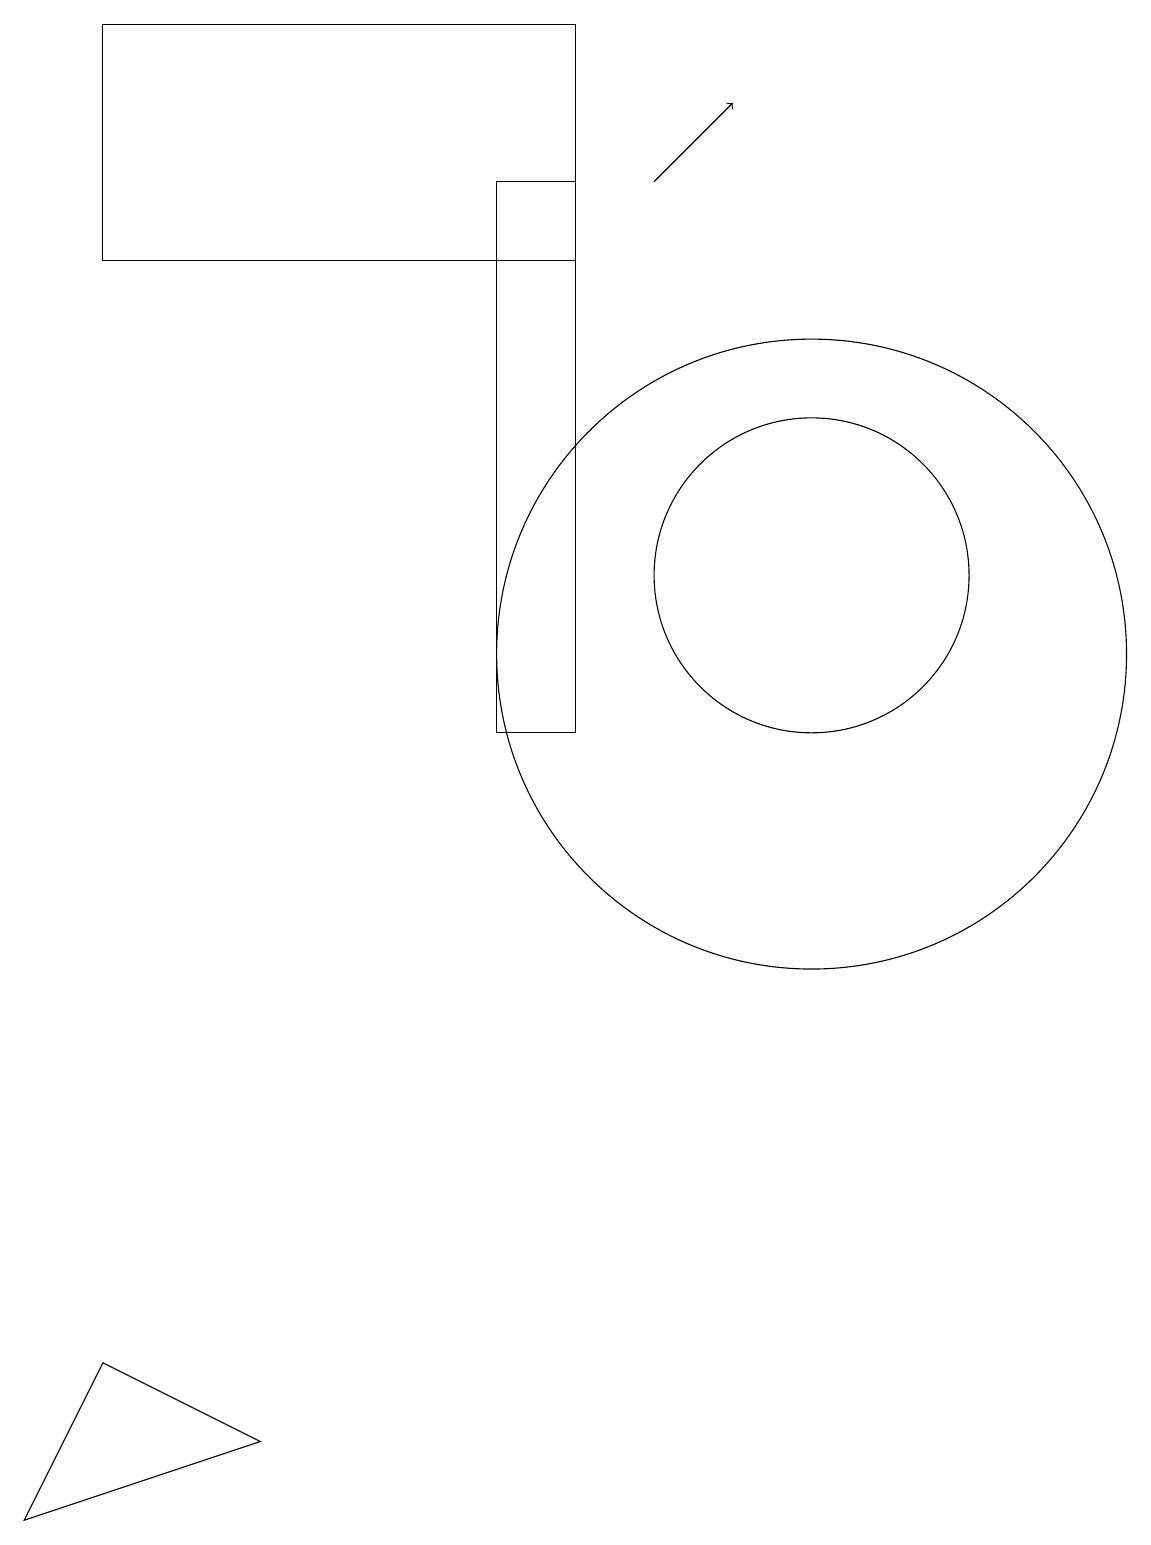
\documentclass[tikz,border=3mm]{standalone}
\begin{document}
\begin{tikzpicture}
\draw (6,17) rectangle (7,10);
\draw (10,12) circle (2);
\draw (7,19) rectangle (1,16);
\draw (11,12) circle (0);
\draw (3,1) -- (1,2) -- (0,0) -- cycle;
\draw[->] (8,17) -- (9,18);
\draw (10,11) circle (4);
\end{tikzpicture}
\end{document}